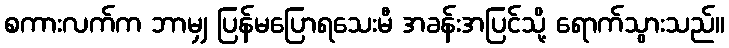
စကားလက်က ဘာမျှ ပြန်မပြောရသေးမီ အခန်းအပြင်သို့ ရောက်သွားသည်။